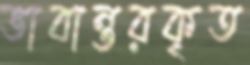
ভাবান্তরকৃত